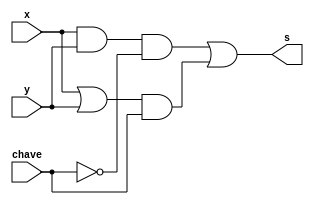
//------------------------- 
// Exemplo0032 - F4 
// Nome: Douglas Henrique Silva Corra
// ------------------------- 
module f1(output s, input x, input y, input chave);
wire temp0, temp1, temp2, temp3, nchave;
and AND1(temp0, x, y);
or OR1(temp1, x, y);
//-------Multiplexador---------
not NOT1(nchave, chave);
and AND2(temp2, temp0,nchave);
and AND3(temp3, temp1, chave);
or OR2(s, temp2, temp3);
endmodule 
// ----- parte principal-------
module test;
reg x, y, chave;
wire s;
f1 Teste(s, x, y, chave);
initial begin 
$display("Exemplo0032 - Douglas Henrique Silva Corra - 466503"); 
$display("Test LU's module");
x = 1; y = 0; chave = 0;
#1 $display("X AND Y =%3b",s);
chave = 1;
#1 $display("X OR Y =%3b",s);  
end 
endmodule // test_f4